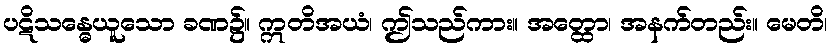
ပဋိသန္ဓေယူသော ခဏ၌။ ဣတိအယံ၊ ဤသည်ကား။ အတ္ထော၊ အနက်တည်း။ မေတိ၊